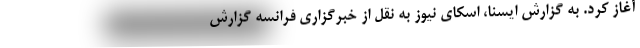
آغاز کرد. به گزارش ایسنا، اسکای نیوز به نقل از خبرگزاری فرانسه گزارش